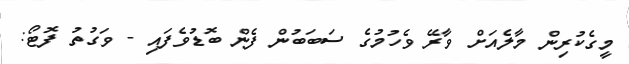
މީގެކުރިން މާލެއަށް ވާރޭ ވެހުމުގެ ސަބަބުން ފެން ބޮޑުވެފައި - ވަގުތު ފޮޓޯ: